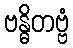
ဗန္ဓိတဗ္ဗံ